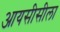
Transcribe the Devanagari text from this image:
आयसीसीला